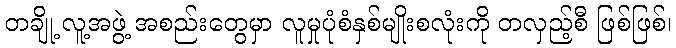
တချို့ လူ့အဖွဲ့ အစည်းတွေမှာ လူမှုပုံစံနှစ်မျိုးစလုံးကို တလှည့်စီ ဖြစ်ဖြစ်၊